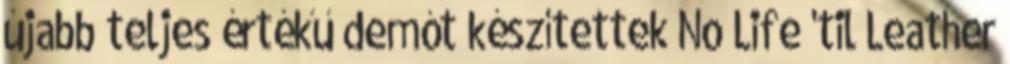
újabb teljes értékű demót készítettek No Life 'til Leather